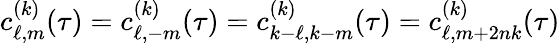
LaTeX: c_{\ell,m}^{(k)}(\tau)=c_{\ell,-m}^{(k)}(\tau)=c_{k-\ell,k-m}^{(k)}(\tau)=c_{\ell,m+2nk}^{(k)}(\tau)